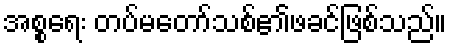
အစ္စရေး တပ်မတော်သစ်၏ဖခင်ဖြစ်သည်။